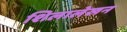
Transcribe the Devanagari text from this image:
शिलालेखन